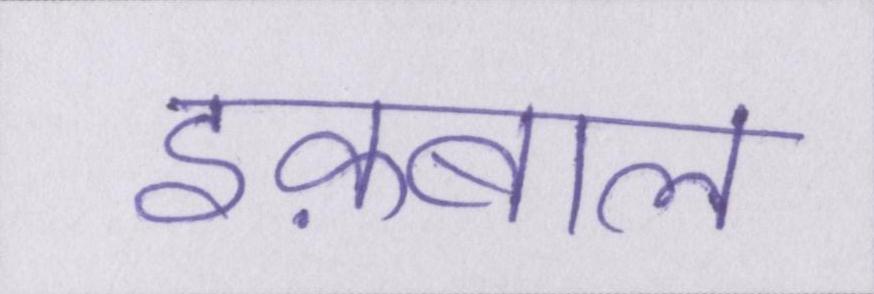
इक़बाल